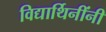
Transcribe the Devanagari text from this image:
विद्यार्थिनींनी